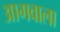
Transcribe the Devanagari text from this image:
आगवाला